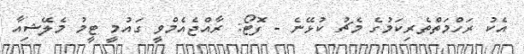
އެކު ރަހްމަތްތެރިކަމުގެ މެޗު ކުޅޭނެ - ފޮޓޯ: ރާއްޖެއެމްވީ ގައުމީ ޓީމު މެލޭޝިއާ